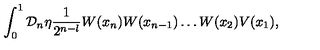
\int _ { 0 } ^ { 1 } { \cal D } _ { n } \eta \frac { 1 } { 2 ^ { n - l } } W ( x _ { n } ) W ( x _ { n - 1 } ) \dots W ( x _ { 2 } ) V ( x _ { 1 } ) ,